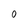
Character: 0